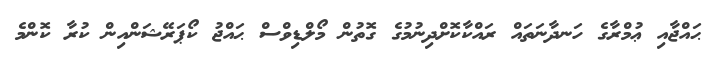
ޙައްޖާއި ޢުމްރާގެ ހަނދާނަތައް ރައްކާކޮށްދިނުމުގެ ގޮތުން މޯލްޑިވްސް ޙައްޖު ކޯޕަރޭޝަންއިން ކުރާ ކޮންމެ